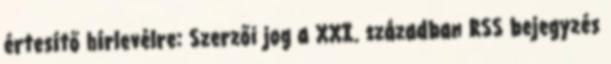
értesítő hírlevélre: Szerzői jog a XXI. században RSS bejegyzés